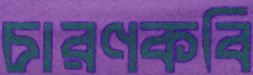
চারণকবি